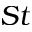
S t